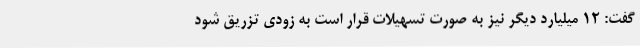
گفت: 12 میلیارد دیگر نیز به صورت تسهیلات قرار است به زودی تزریق شود